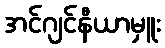
အင်ဂျင်နီယာမှူး